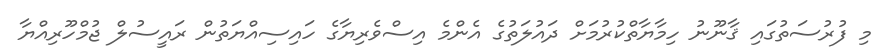
މި ފުރުސަތުގައި ޤާނޫނު ހިމާޔާތްކުރުމަށް ދައުލަތުގެ އެންމެ އިސްވެރިޔާގެ ހައިސިއްޔަތުން ރައީސުލް ޖުމްހޫރިއްޔާ